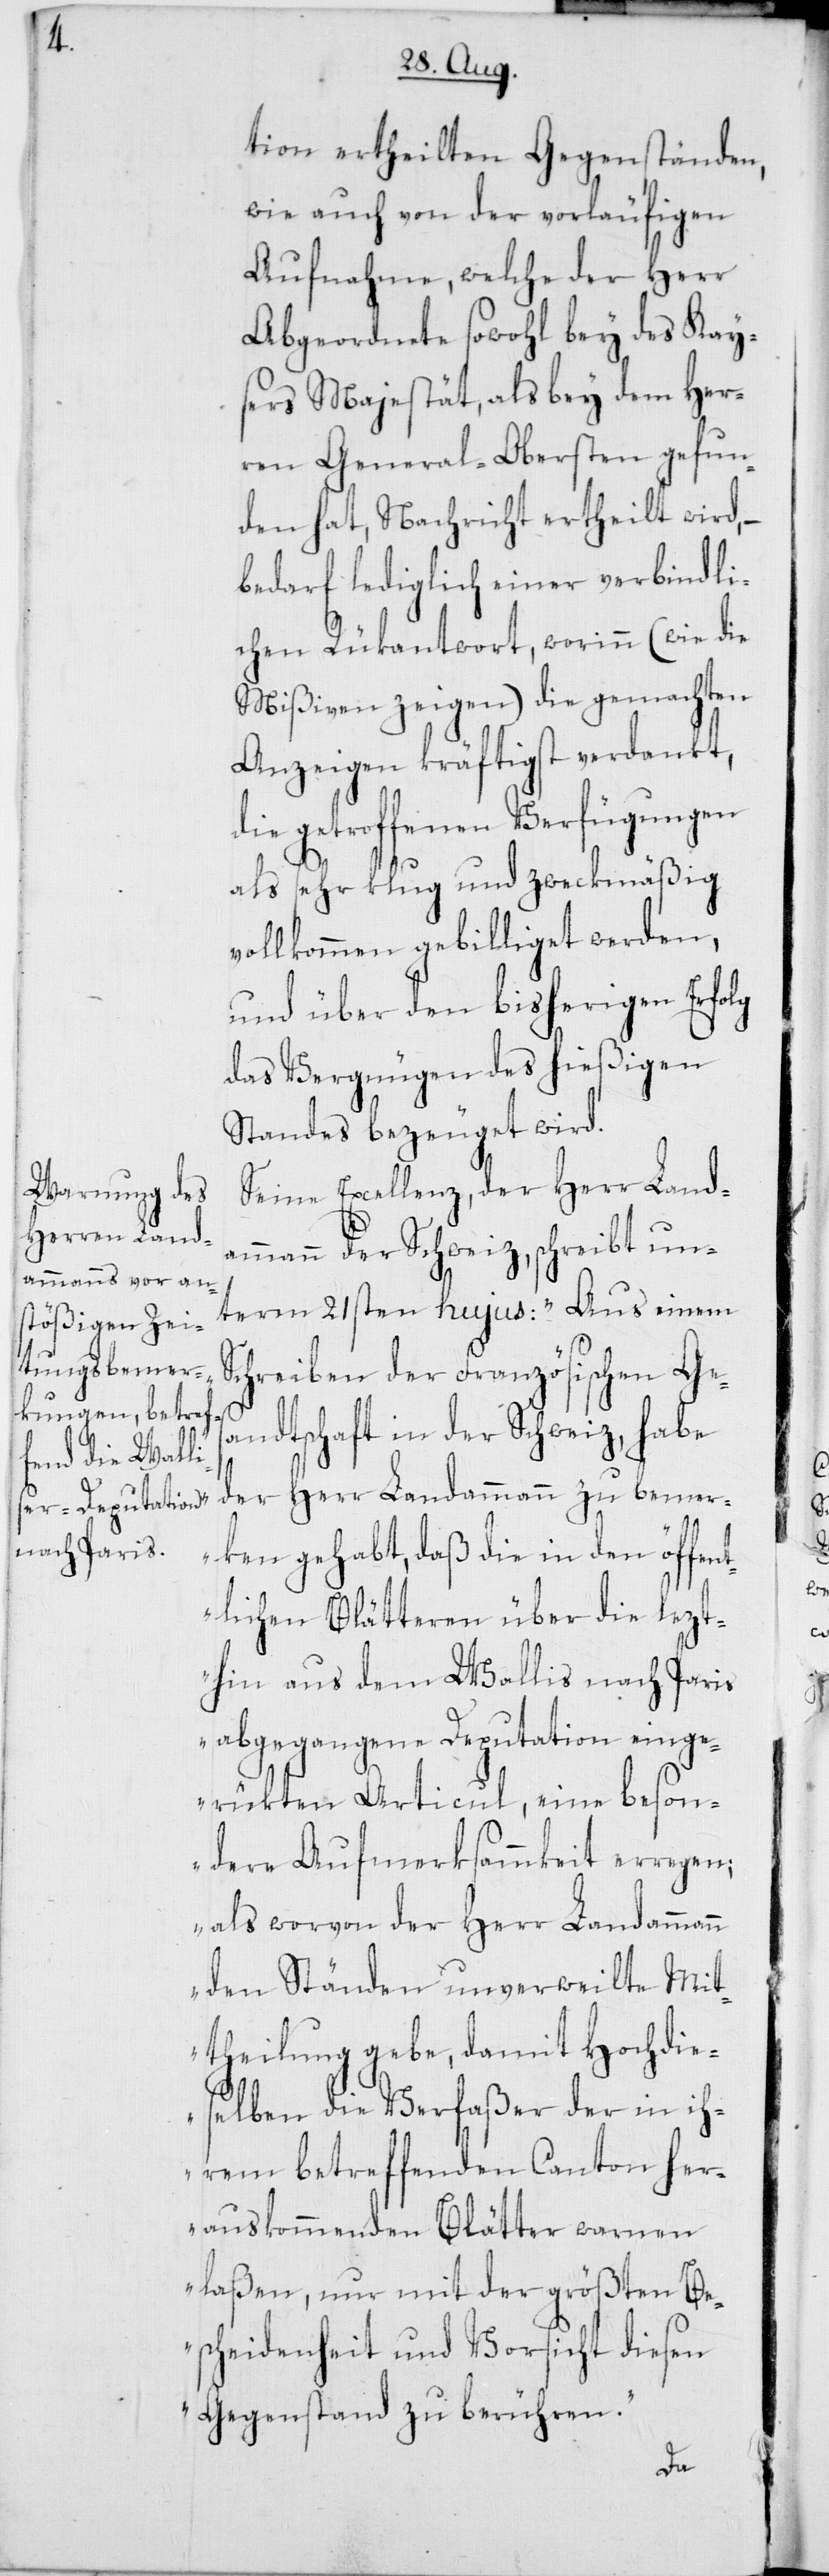
tion ertheilten Gegenständen,
wie auch von der vorläufigen
Aufnahme, welche der Herr
Abgeordnete sowohl bey des Kay¬
sers Majestät, als bey dem Her¬
ren General-Obersten gefun¬
den hat, Nachricht ertheilt wird, –
bedarf lediglich einer verbindli¬
chen Rückantwort, worinn (wie die
Mißiven zeigen) die gemachten
Anzeigen kräftigst verdankt,
die getroffenen Verfügungen
als sehr klug und zweckmäßig
vollkommen gebilliget werden,
und über den bisherigen Erfolg
das Vergnügen des hießigen
Standes bezeuget wird.
Seine Excellenz, der Herr Landam¬
mann der Schweiz, schreibt un¬
term 21sten hujus: „Aus einem
Schreiben der Französischen Ges¬
andtschaft in der Schweiz, habe
der Herr Landammann zu bemer¬
ken gehabt, daß die in den öffent¬
lichen Blätteren über die lezt¬
hin aus dem Wallis nach Paris
abgegangene Deputation einge¬
rükten Articul, eine beson¬
dere Aufmerksammkeit erregen;
als worvon der Herr Landammann
den Ständen unverweilte Mit¬
theilung gebe, damit Hochdie¬
selben die Verfaßer der in ih¬
rem betreffenden Canton her¬
auskommenden Blätter warnen
laßen, nur mit der größten Be¬
scheidenheit und Vorsicht diesen
Gegenstand zu berühren“.